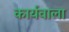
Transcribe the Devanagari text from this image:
कार्यवाला